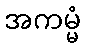
အကမ္မံ